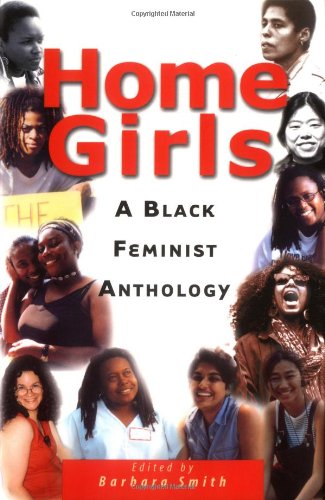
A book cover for Home Girls: A Black Feminist Anthology; Literature & Fiction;